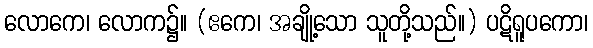
လောကေ၊ လောက၌။ (ဧကေ၊ အချို့သော သူတို့သည်။) ပဋိရူပကော၊